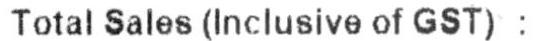
TOTAL SALES (INCLUSIVE OF GST) :